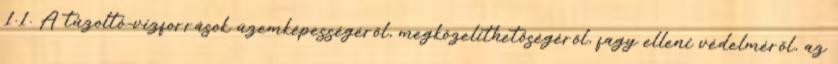
1.1. A tûzoltó-vízforrások üzemképességérõl, megközelíthetõségérõl, fagy elleni védelmérõl, az